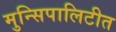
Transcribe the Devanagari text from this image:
मुन्सिपालिटीत